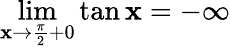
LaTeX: \lim\limits_{\mathbf{x}\rightarrow\frac{{\pi}}{{2}}+0}\tan\mathbf{x}=-\infty